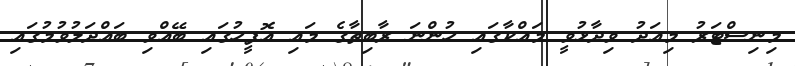
މިނިސްޓަރު މިއަދު ވިދާޅުވީ މައްކާގައި ހުންނަ ރާބިތާގެ މައި އޮފީހުގައި ބޭއްވި ބައްދަލުވުމުގައި